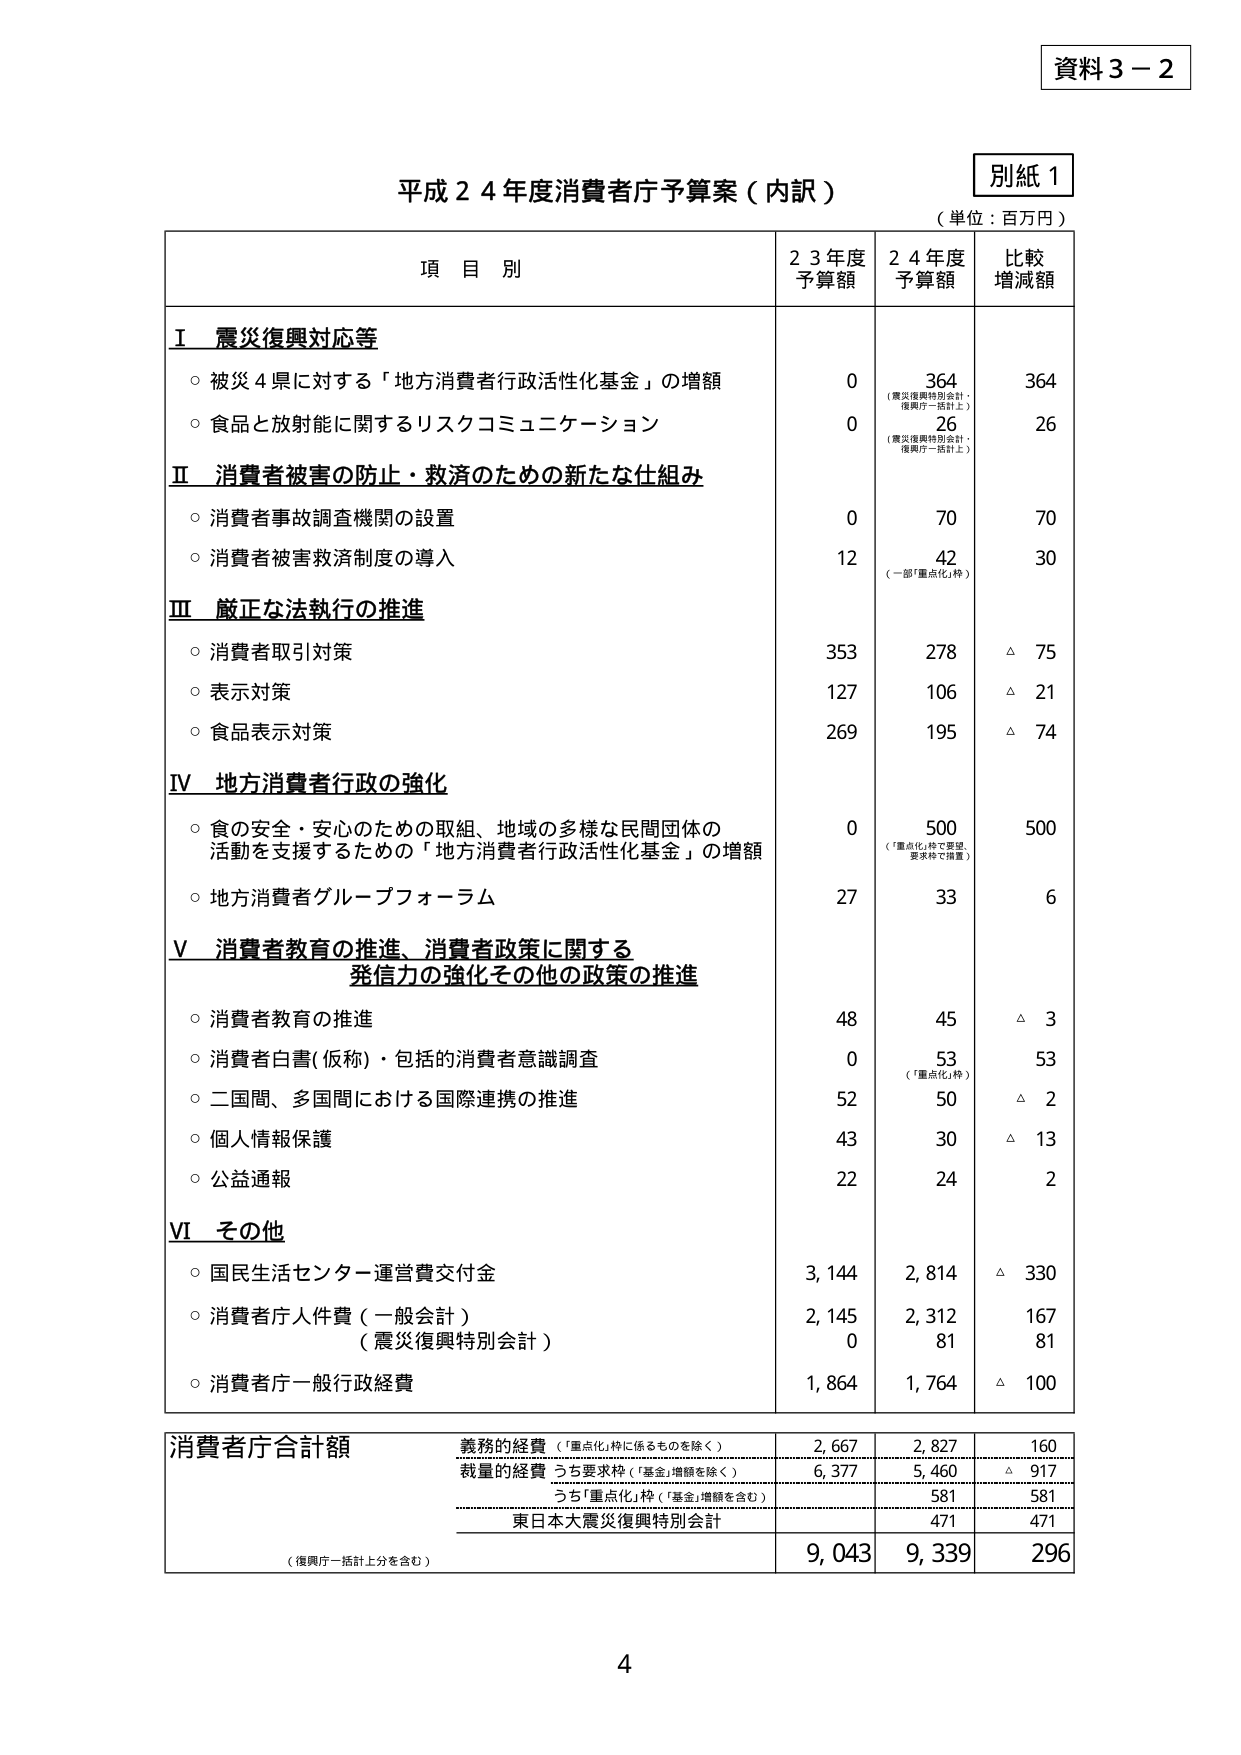
資料３－２

別紙１

平成２４年度消費者庁予算案（内訳）
（単位：百万円）

項目別　　　　　　　　　　　　　　　　　　２３年度　　　　２４年度　　　　比較
　　　　　　　　　　　　　　　　　　　　　予算額　　　　予算額　　　　増減額

Ⅰ　震災復興対応等
　○ 被災４県に対する「地方消費者行政活性化基金」の増額　　　　　　　　0　　　　364　　　　364
　　　　　　　　　　　　　　　　　　　　　　　　　　　　　　　　　　（震災復興特別会計・
　　　　　　　　　　　　　　　　　　　　　　　　　　　　　　　　　　復興庁一括計上）
　○ 食品と放射能に関するリスクコミュニケーション　　　　　　　　　　0　　　　26　　　　　26
　　　　　　　　　　　　　　　　　　　　　　　　　　　　　　　　　　（震災復興特別会計・
　　　　　　　　　　　　　　　　　　　　　　　　　　　　　　　　　　復興庁一括計上）

Ⅱ　消費者被害の防止・救済のための新たな仕組み
　○ 消費者事故調査機関の設置　　　　　　　　　　　　　　　　　　　　0　　　　70　　　　　70
　○ 消費者被害救済制度の導入　　　　　　　　　　　　　　　　　　　　12　　　42　　　　　30
　　　　　　　　　　　　　　　　　　　　　　　　　　　　　　　　　　（一部「重点化」枠）

Ⅲ　厳正な法執行の推進
　○ 消費者取引対策　　　　　　　　　　　　　　　　　　　　　　　　353　　　278　　　　△　75
　○ 表示対策　　　　　　　　　　　　　　　　　　　　　　　　　　　127　　　106　　　　△　21
　○ 食品表示対策　　　　　　　　　　　　　　　　　　　　　　　　　269　　　195　　　　△　74

Ⅳ　地方消費者行政の強化
　○ 食の安全・安心のための取組、地域の多様な民間団体の
　　活動を支援するための「地方消費者行政活性化基金」の増額　　　　　0　　　　500　　　　500
　　　　　　　　　　　　　　　　　　　　　　　　　　　　　　　　　　（「重点化」枠で要望、
　　　　　　　　　　　　　　　　　　　　　　　　　　　　　　　　　　要求枠で措置）
　○ 地方消費者グループフォーラム　　　　　　　　　　　　　　　　　　27　　　33　　　　　6

Ⅴ　消費者教育の推進、消費者政策に関する
　　発信力の強化その他の政策の推進
　○ 消費者教育の推進　　　　　　　　　　　　　　　　　　　　　　　　48　　　45　　　　△　3
　○ 消費者白書（仮称）・包括的消費者意識調査　　　　　　　　　　　　0　　　　53　　　　　53
　　　　　　　　　　　　　　　　　　　　　　　　　　　　　　　　　　（「重点化」枠）
　○ 二国間、多国間における国際連携の推進　　　　　　　　　　　　　　52　　　50　　　　△　2
　○ 個人情報保護　　　　　　　　　　　　　　　　　　　　　　　　　　43　　　30　　　　△　13
　○ 公益通報　　　　　　　　　　　　　　　　　　　　　　　　　　　22　　　24　　　　　2

Ⅵ　その他
　○ 国民生活センター運営費交付金　　　　　　　　　　　　　　　　　3,144　　2,814　　　△　330
　○ 消費者庁人件費（一般会計）　　　　　　　　　　　　　　　　　　2,145　　2,312　　　　167
　　　　　　　　　　　　　　　　　　　　　　　　　　　　　　　　　　（震災復興特別会計）　　　0　　　　81　　　　　81
　○ 消費者庁一般行政経費　　　　　　　　　　　　　　　　　　　　　1,864　　1,764　　　△　100

消費者庁合計額
　義務的経費（「重点化」枠に係るものを除く）　　　　　　　　　　　　2,667　　2,827　　　　160
　裁量的経費　うち要求枠（「基金」増額を除く）　　　　　　　　　　　6,377　　5,460　　　△　917
　　　　　　　　うち「重点化」枠（「基金」増額を含む）　　　　　　　　581　　　581　　　　　581
　　　　　　　　東日本大震災復興特別会計　　　　　　　　　　　　　　　　　　　471　　　　471
　　　　　　　　　　　　　　　　　　　　　　　　　　　　　　　　　　9,043　　9,339　　　　296
　　　　　　　　　　　　　　　　　　　　　　　　　　　　　　　　　　（復興庁一括計上分を含む）

4